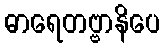
ဓာရေတဗ္ဗာနိပေ